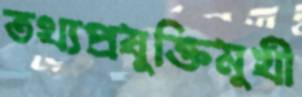
তথ্যপ্রযুক্তিমুখী